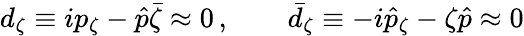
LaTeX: d_{\zeta}\equiv ip_{\zeta}-\hat{p}\bar{\zeta}\approx 0\, ,\qquad\bar{d}_{\zeta}\equiv-i\hat{p}_{\zeta}-\zeta\hat{p}\approx 0